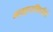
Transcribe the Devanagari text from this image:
व्यवहाराविषयीचे